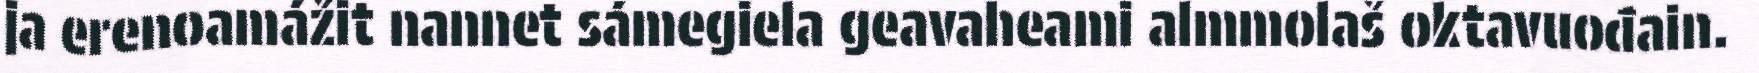
ja erenoamážit nannet sámegiela geavaheami almmolaš oktavuođain.